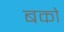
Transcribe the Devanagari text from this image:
बको